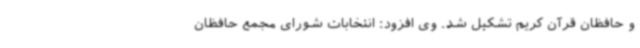
و حافظان قرآن کریم تشکیل شد. وی افزود: انتخابات شورای مجمع حافظان